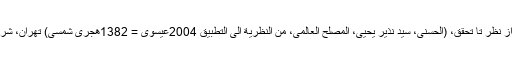
خاکپور، ابراهیم و صالحی، سید محمد، مصلح جهانی از نظر تا تحقق، (الحسنی، سید نذیر یحیی، المصلح العالمی، من النظریة الی التطبیق 2004عیسوی = 1382هجری شمسی) تهران، شرکت انتشارات علمی و فرهنگی، 1389هجری شمسی۔